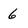
Character: 6